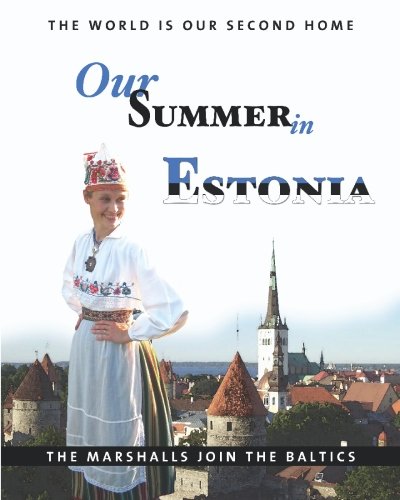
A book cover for Our Summer in Estonia; Thomas Marshall; Travel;